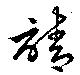
請